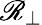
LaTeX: \mathscr{R}_{\perp}